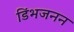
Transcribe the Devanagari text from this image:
डिंभजनन